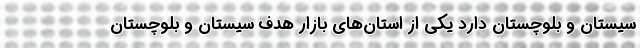
سیستان و بلوچستان دارد یکی از استان‌های بازار هدف سیستان و بلوچستان